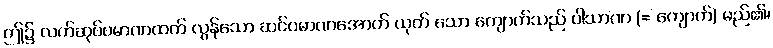
ဤ၌ လက်ဆုပ်ပမာဏထက် လွန်သော ဆင်ပမာဏအောက် ယုတ် သော ကျောက်သည် ပါသာဏ (= ကျောက်) မည်၏၊